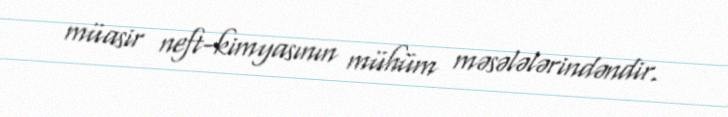
müasir neft-kimyasının mühüm məsələlərindəndir.